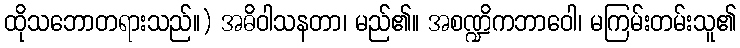
ထိုသဘောတရားသည်။) အဓိဝါသနတာ၊ မည်၏။ အစဏ္ဍိကဘာဝေါ၊ မကြမ်းတမ်းသူ၏